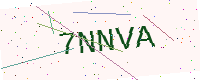
Text: 7NNVA